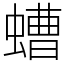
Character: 螬